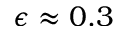
\epsilon \approx 0 . 3